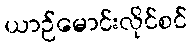
ယာဉ်မောင်းလိုင်စင်